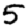
Digit: 5